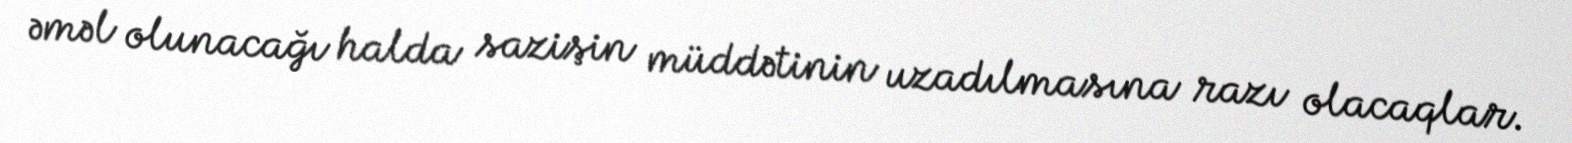
əməl olunacağı halda sazişin müddətinin uzadılmasına razı olacaqlar.